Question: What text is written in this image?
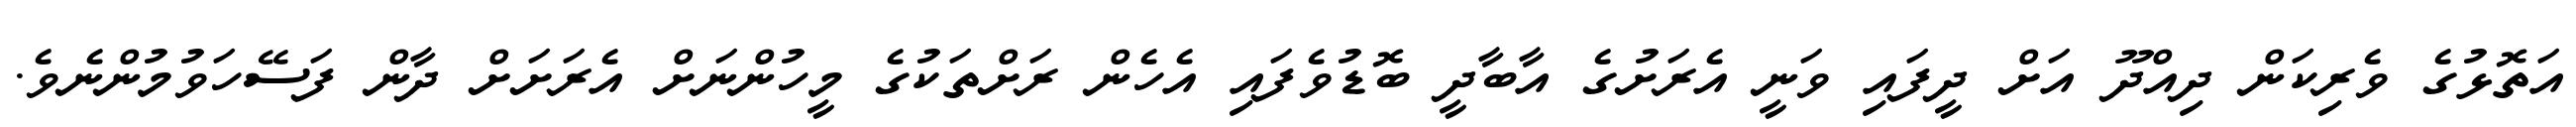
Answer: އަތޮޅުގެ ވެރިކަން ދިއްދޫ އަށް ދީފައި ވަނީ އެރަށުގެ އާބާދީ ބޮޑުވެފައި އެހެން ރަށްތަކުގެ މީހުންނަށް އެރަށަށް ދާން ފަސޭހަވުމުންނެވެ.